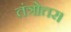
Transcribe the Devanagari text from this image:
तंत्रोत्तर।